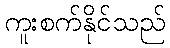
ကူးစက်နိုင်သည်